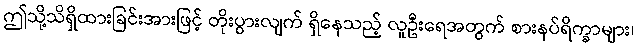
ဤသို့သိရှိထားခြင်းအားဖြင့် တိုးပွားလျက် ရှိနေသည့် လူဦးရေအတွက် စားနပ်ရိက္ခာများ၊